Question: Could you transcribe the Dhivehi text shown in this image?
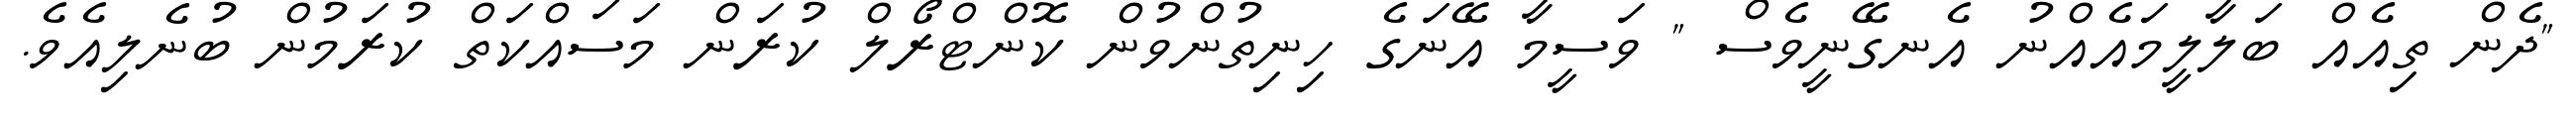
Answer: "ދެން ތިއެއް ބަލާލީމައެއްނު އެނގޭނީވެސް " ވަސީމާ އޭނަގެ ހިނިތުންވުން ކޮންޓްރޯލް ކުރަން މަސައްކަތް ކުރަމުން ބުނެލިއެވެ.